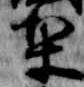
梨